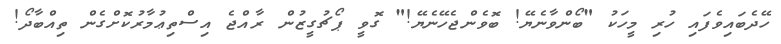
ހޭދެބައިވެފައި ހުރި މީހަކު "ބޯންވާނެޔޭ! ބޮވެންޖެހޭނެޔޭ!" ގޮވީ ޕޯޗުގީޒުން ރާއްޖެ އިސްތިޢުމާރުކޮށްގެން ތިއްބާދޯ!